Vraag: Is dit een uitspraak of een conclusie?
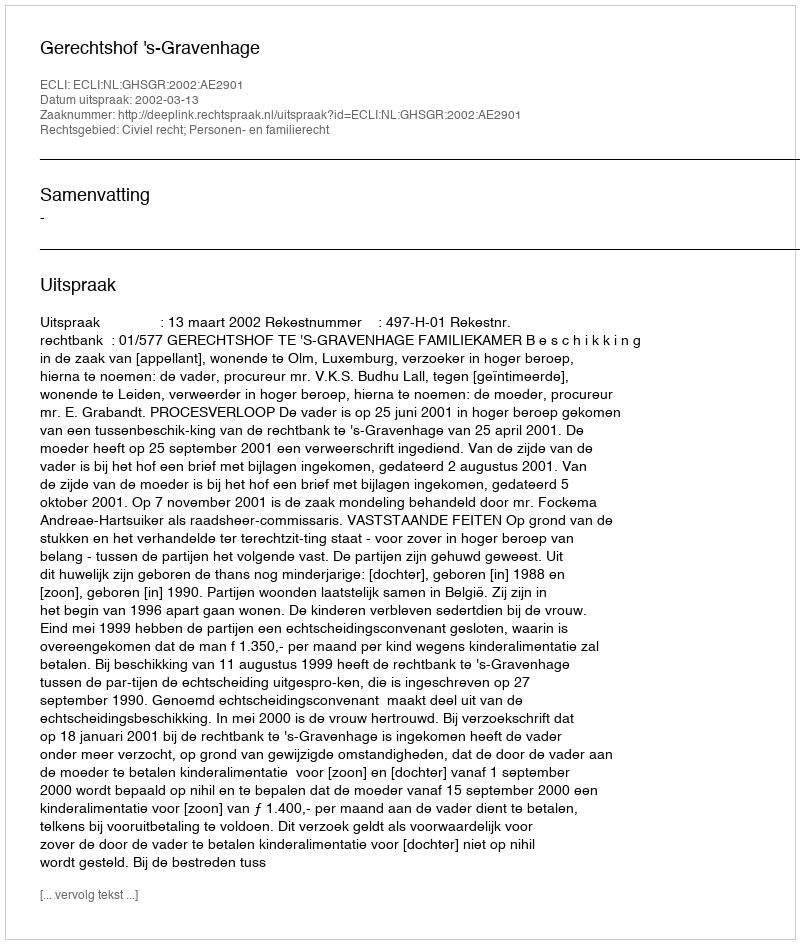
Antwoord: Uitspraak